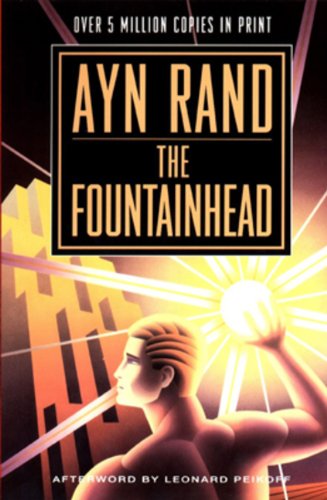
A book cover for The Fountainhead; Ayn Rand; Politics & Social Sciences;